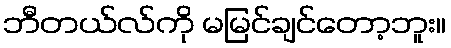
ဘီတယ်လ်ကို မမြင်ချင်တော့ဘူး။